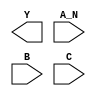
module sky130_fd_sc_lp__nand3b (
    Y  ,
    A_N,
    B  ,
    C
);

    output Y  ;
    input  A_N;
    input  B  ;
    input  C  ;

    // Voltage supply signals
    supply1 VPWR;
    supply0 VGND;
    supply1 VPB ;
    supply0 VNB ;

endmodule